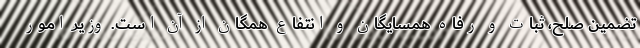
تضمین صلح، ثبات و رفاه همسایگان و انتفاع همگان از آن است. وزیر امور